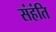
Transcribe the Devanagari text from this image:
संहंति